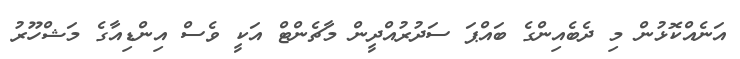
އަނެއްކޮޅުން މި ދެބެއިންގެ ބައްޕަ ސަދުރުއްދީން މާޗެންޓް އަކީ ވެސް އިންޑިއާގެ މަޝްހޫރު